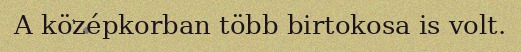
A középkorban több birtokosa is volt.